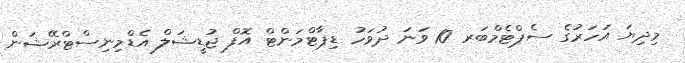
މިދިޔަ އަހަރުގެ ސެޕްޓެމްބަރ 10 ވަނަ ދުވަހު ޑިޕާޓްމަންޓް އޮފް ޖުޑީޝަލް އެޑްމިނިސްޓްރޭޝަން